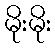
မိုးမိုး